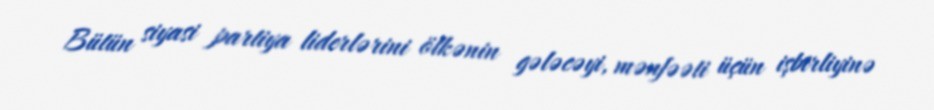
Bütün siyasi partiya liderlərini ölkənin gələcəyi, mənfəəti üçün işbirliyinə